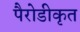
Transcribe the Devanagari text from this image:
पैरोडीकृत